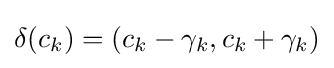
\delta (c_{k})=(c_{k}-\gamma _{k},c_{k}+\gamma _{k})